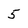
Character: 5